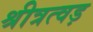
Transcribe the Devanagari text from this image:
श्रीत्रत्वड़